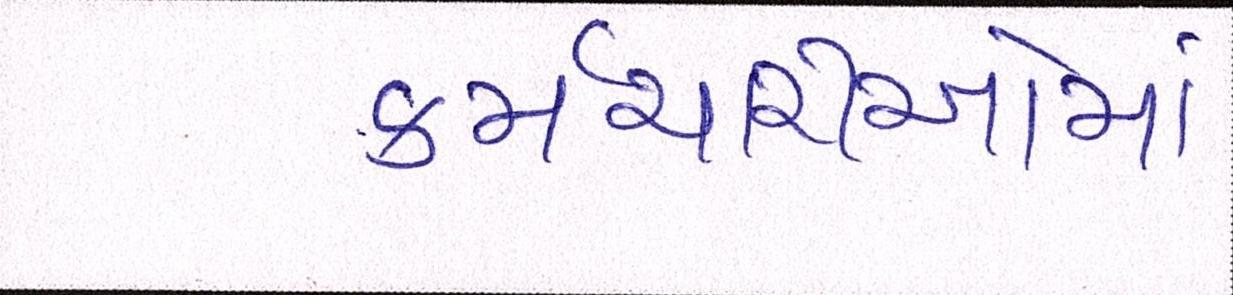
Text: કર્મચારીઓમાં